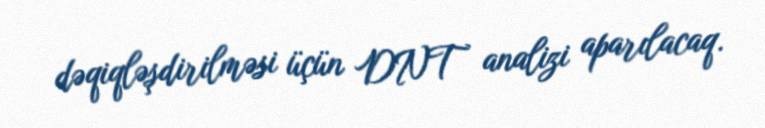
dəqiqləşdirilməsi üçün DNT analizi aparılacaq.